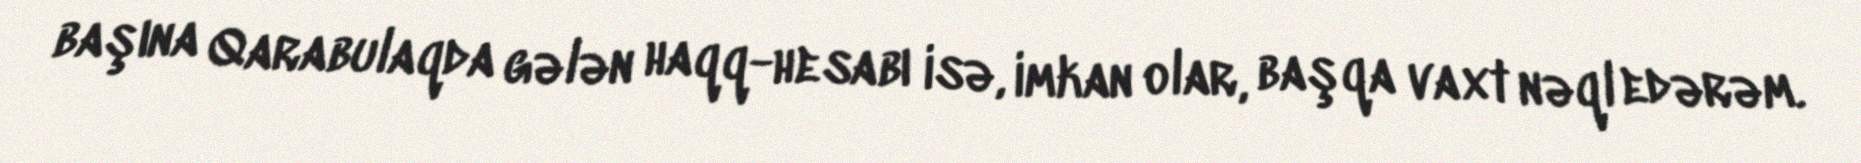
başına Qarabulaqda gələn haqq-hesabı isə, imkan olar, başqa vaxt nəql edərəm.